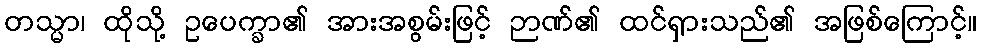
တသ္မာ၊ ထိုသို့ ဥပေက္ခာ၏ အားအစွမ်းဖြင့် ဉာဏ်၏ ထင်ရှားသည်၏ အဖြစ်ကြောင့်။